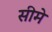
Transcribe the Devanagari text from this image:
सीमे